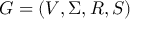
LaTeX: G = ( V , \Sigma , R , S )